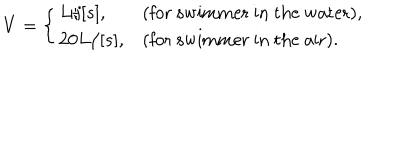
LaTeX: V = \left\{ \begin{array} { l l } { { L / [ s ] , } } & { { \mathrm { ( f o r ~ s w i m m e r ~ i n ~ t h e ~ w a t e r ) , } \nonumber } } \\ { { 2 0 L / [ s ] , } } & { { \mathrm { ( f o r ~ s w i m m e r ~ i n ~ t h e ~ a i r ) . } } } \\ \end{array} \right.